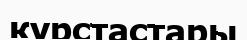
курстастары